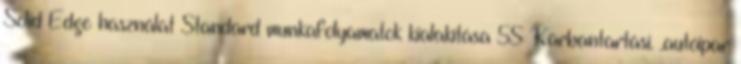
Solid Edge használat Standard munkafolyamatok kialakítása 5S Karbantartási. .autóipar